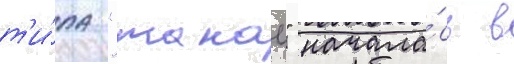
т'и́па "такао" начала́сь в